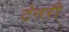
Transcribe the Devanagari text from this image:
टेनरी